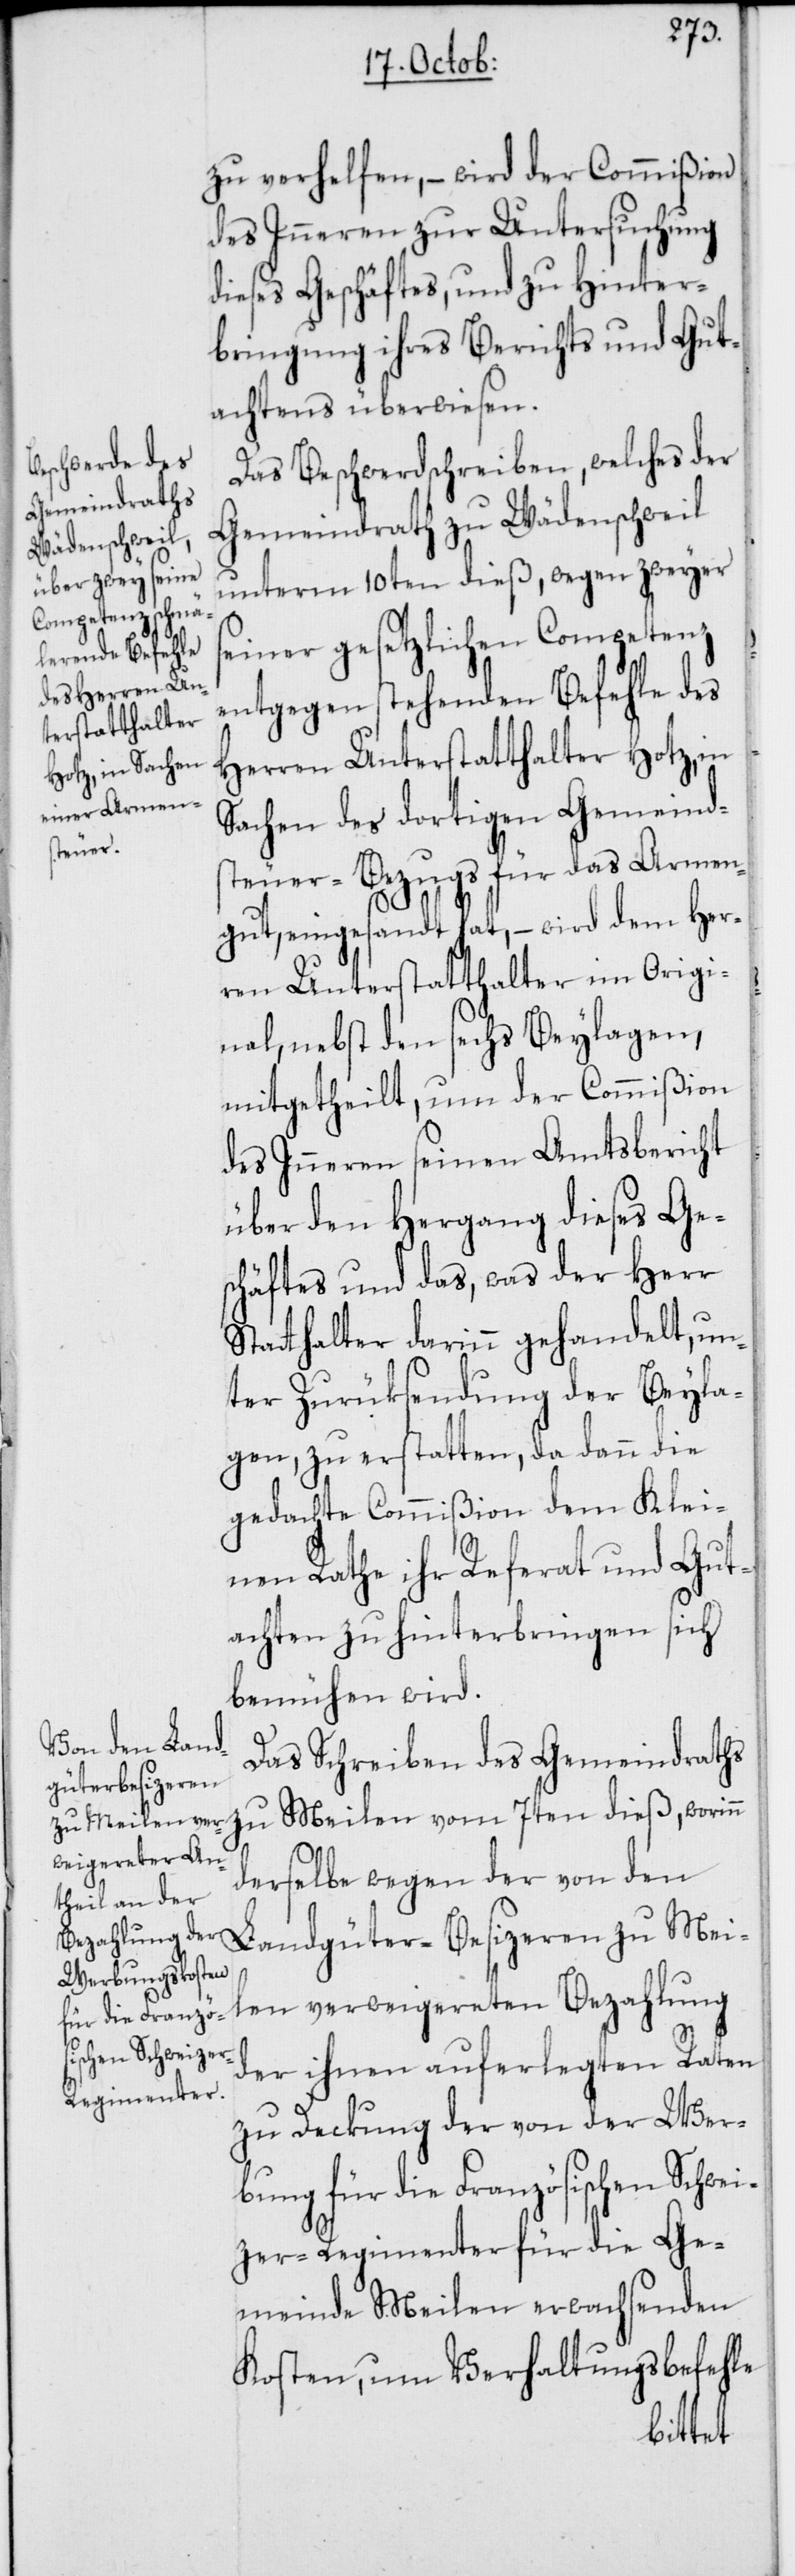
zu verhelfen, – wird der Commißion
des Inneren zur Untersuchung
dieses Geschäftes, und zu Hinter¬
bringung ihres Berichts und Gut¬
achtens überwiesen.
Das Beschwerdschreiben, welches der
Gemeindrath zu Wädenschweil
unterm 10ten dieß, wegen zweyer
seiner gesetzlichen Competenz
entgegen stehenden Befehle des
Herren Unterstatthalter Hotz, in
Sachen des dortigen Gemeind¬
steuer-Bezugs für das Armen¬
gut, eingesandt hat, – wird dem Her¬
ren Unterstatthalter im Origi¬
nal, nebst den sechs Beylagen,
mitgetheilt, um der Commißion
des Inneren seinen Amtsbericht
über den Hergang dieses Ge¬
schäftes und das, was der Herr
Statthalter darinn gehandelt, un¬
ter Zurüksendung der Beyla¬
gen, zu erstatten, da dann die
gedachte Commißion dem Klei¬
nen Rathe ihr Referat und Gut¬
achten zu hinterbringen sich
bemühen wird.
Das Schreiben des Gemeindraths
zu Meilen vom 7ten dieß, worinn
derselbe wegen der von den
Landgüter-Besitzeren zu Meil¬
en verweigereten Bezahlung
der ihnen auferlegten Raten
zu Deckung der von der Wer¬
bung für die Französischen Schwe¬
izer-Regimenter für die Ge¬
meinde Meilen erwachsenden
Kosten, um Verhaltungsbefehle